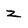
Character: z